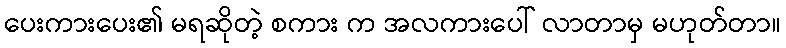
ပေးကားပေး၏ မရဆိုတဲ့ စကား က အလကားပေါ် လာတာမှ မဟုတ်တာ။